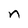
Character: n